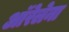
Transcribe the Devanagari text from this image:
ऑरेलेना